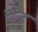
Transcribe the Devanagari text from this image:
चेद